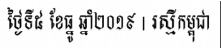
ថ្ងៃទី៥ ខែធ្នូ ឆ្នាំ២០១៩ | រស្មីកម្ពុជា